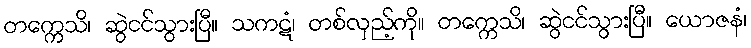
တက္ကေသိ၊ ဆွဲငင်သွားပြီ။ သကဋံ၊ တစ်လှည့်ကို။ တက္ကေသိ၊ ဆွဲငင်သွားပြီ။ ယောဇနံ၊